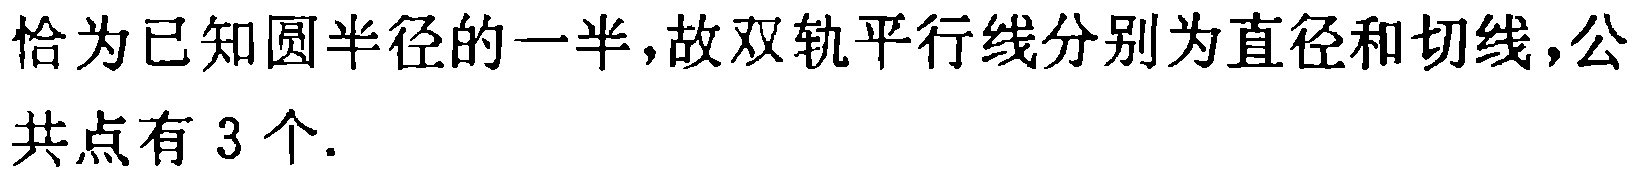
恰为已知圆半径的一半,故双轨平行线分别为直径和切线,公共点有 3 个.